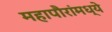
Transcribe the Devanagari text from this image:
महापौरांमध्ये